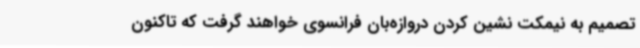
تصمیم به نیمکت نشین کردن دروازه‌بان فرانسوی خواهند گرفت که تاکنون